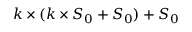
k \times ( k \times S _ { 0 } + S _ { 0 } ) + S _ { 0 }